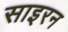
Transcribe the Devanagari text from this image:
साइरन